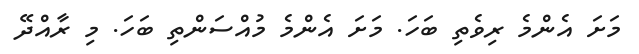
މަށަ އެންމެ ރިވެތި ބަހަ. މަށަ އެންމެ މުއްސަންތި ބަހަ. މި ރާއްދޭ